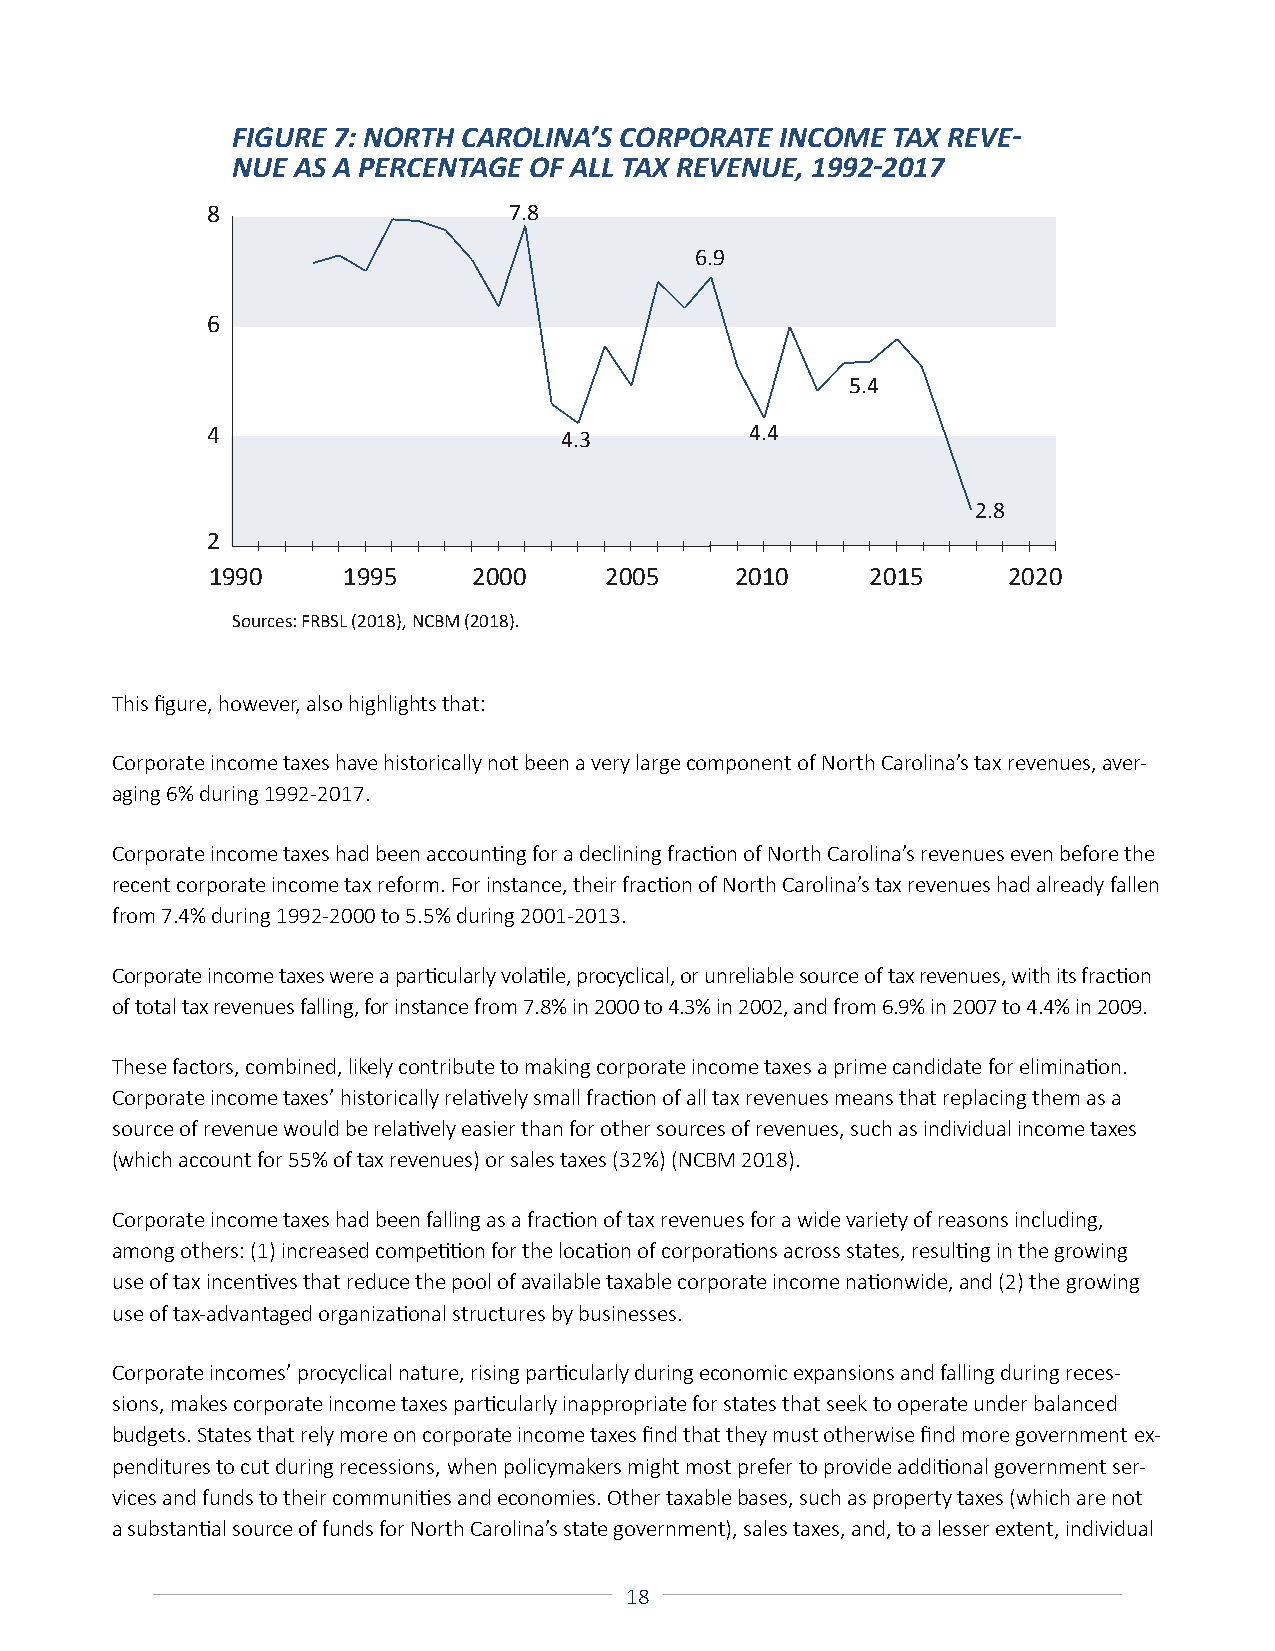
FIGURE 7: NORTH CAROLINA’S CORPORATE INCOME TAX REVE-
 NUE AS A PERCENTAGE OF ALL TAX REVENUE, 1992-2017
 8                   7.8
 6.9
 6
 5.4
 4                                   4.4
 4.3
 2.8
 2
 1990     1995    2000     2005     2010     2015     2020
 Sources: FRBSL (2018), NCBM (2018).
 This figure, however, also highlights that:
 Corporate income taxes have historically not been a very large component of North Carolina’s tax revenues, aver-
 aging 6% during 1992-2017.
 Corporate income taxes had been accounting for a declining fraction of North Carolina’s revenues even before the
 recent corporate income tax reform. For instance, their fraction of North Carolina’s tax revenues had already fallen
 from 7.4% during 1992-2000 to 5.5% during 2001-2013.
 Corporate income taxes were a particularly volatile, procyclical, or unreliable source of tax revenues, with its fraction
 of total tax revenues falling, for instance from 7.8% in 2000 to 4.3% in 2002, and from 6.9% in 2007 to 4.4% in 2009.
 These factors, combined, likely contribute to making corporate income taxes a prime candidate for elimination.
 Corporate income taxes’ historically relatively small fraction of all tax revenues means that replacing them as a
 source of revenue would be relatively easier than for other sources of revenues, such as individual income taxes
 (which account for 55% of tax revenues) or sales taxes (32%) (NCBM 2018).
 Corporate income taxes had been falling as a fraction of tax revenues for a wide variety of reasons including,
 among others: (1) increased competition for the location of corporations across states, resulting in the growing
 use of tax incentives that reduce the pool of available taxable corporate income nationwide, and (2) the growing
 use of tax-advantaged organizational structures by businesses.
 Corporate incomes’ procyclical nature, rising particularly during economic expansions and falling during reces-
 sions, makes corporate income taxes particularly inappropriate for states that seek to operate under balanced
 budgets. States that rely more on corporate income taxes find that they must otherwise find more government ex-
 penditures to cut during recessions, when policymakers might most prefer to provide additional government ser-
 vices and funds to their communities and economies. Other taxable bases, such as property taxes (which are not
 a substantial source of funds for North Carolina’s state government), sales taxes, and, to a lesser extent, individual
 18